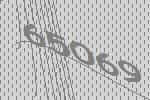
65069